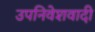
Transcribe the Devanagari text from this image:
उपनिवेशवादी